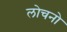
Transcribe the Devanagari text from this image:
लोचनो